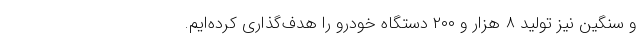
و سنگین نیز تولید ۸ هزار و ۲۰۰ دستگاه خودرو را هدف‌گذاری کرده‌ایم.